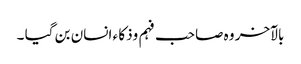
بالآخر وہ صاحب فہم وذکا ء انسان بن گیا ۔